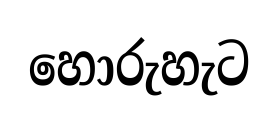
හොරුහැට